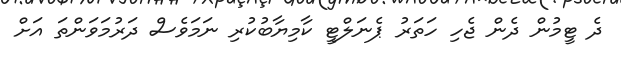
ދެ ޓީމުން ދެން ޖެހި ހަތަރު ޕެނަލްޓީ ކާމިޔާބުކުރި ނަމަވެސް ދަރުމަވަންތަ އަށް